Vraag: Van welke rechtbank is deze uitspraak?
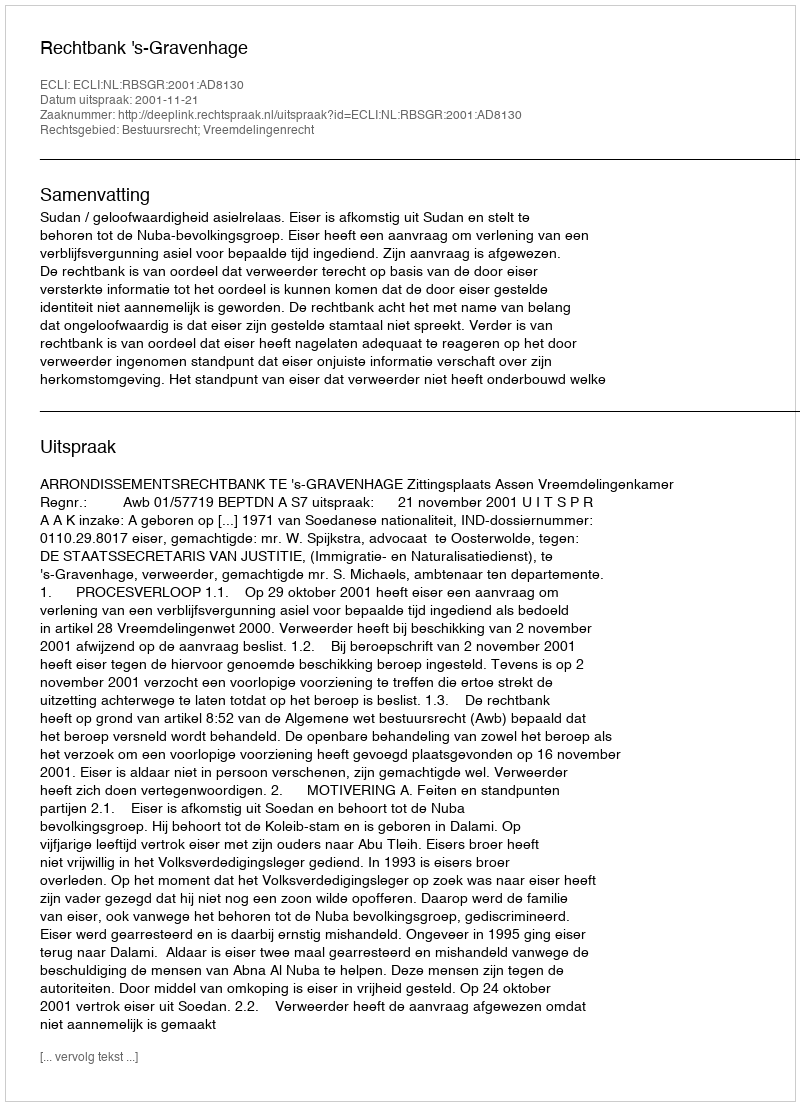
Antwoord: Rechtbank 's-Gravenhage